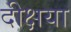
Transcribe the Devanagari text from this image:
दीक्षया